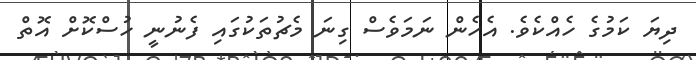
ދިޔަ ކަމުގެ ހެއްކެވެ. އެހެން ނަމަވެސް ގިނަ މެޗުތަކުގައި ފެނުނީ ހުސްކޮށް އޮތް